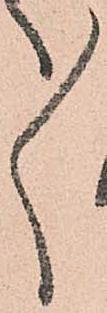
ゝ